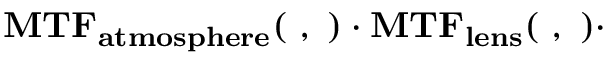
\mathbf { M T F _ { a t m o s p h e r e } ( \xi , \eta ) \cdot M T F _ { l e n s } ( \xi , \eta ) \cdot }